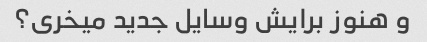
و هنوز برایش وسایل جدید میخری؟